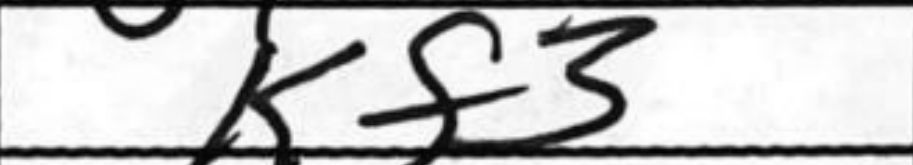
Transcription: Bf3